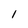
Character: 1